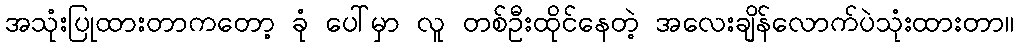
အသုံးပြုထားတာကတော့ ခုံ ပေါ်မှာ လူ တစ်ဦးထိုင်နေတဲ့ အလေးချိန်လောက်ပဲသုံးထားတာ။